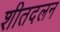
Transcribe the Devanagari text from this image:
शीतदलन